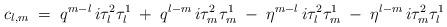
LaTeX: \begin{align*}c_{l,m} \;=\;q^{m-l}\,i\tau_l^2\tau_l^1 \;+\;q^{l-m}\,i\tau_m^2\tau_m^1 \;-\;\eta^{m-l}\,i\tau_l^2\tau_m^1 \;-\;\eta^{l-m}\,i\tau_m^2\tau_l^1 \,\end{align*}